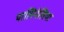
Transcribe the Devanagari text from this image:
पालिनेसिया